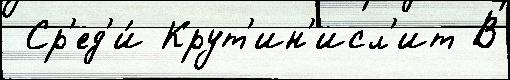
 Ср'ед'и́ Крут'ин'исл'ит В